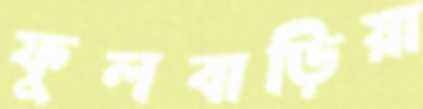
ফুলবাড়িয়া